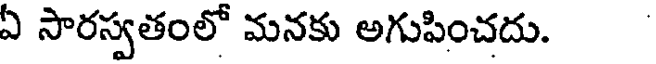
ఏ సారస్వతంలో మనకు అగుపించదు.